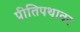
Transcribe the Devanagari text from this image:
प्रीतिपथावर